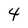
Character: 4